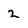
Character: 2